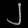
Digit: ၂